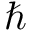
\hbar